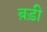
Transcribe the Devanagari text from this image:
ब़ड़ी